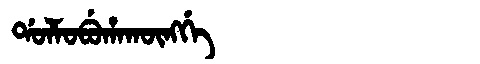
Manchu: ᡩᠣᠯᠮᠣᠪᡠᡥᠠᡴᡡᠩᡤᡝ
Romanization: DOLMOBUHAKŪNGGE